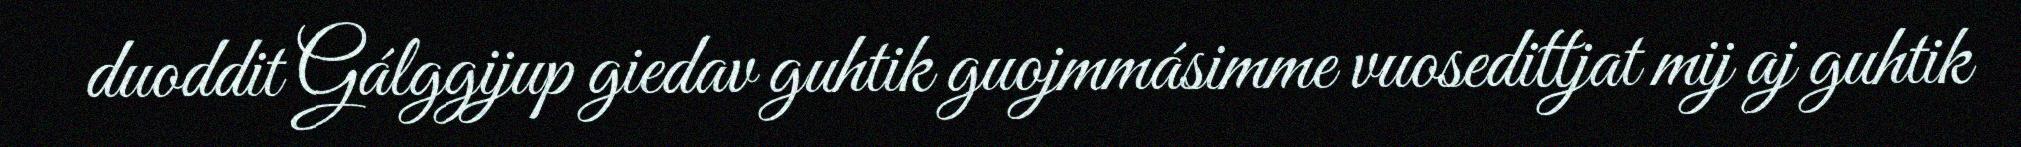
duoddit Gálggijup giedav guhtik guojmmásimme vuosedittjat mij aj guhtik